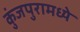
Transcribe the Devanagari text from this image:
कुंजपुरामध्ये